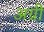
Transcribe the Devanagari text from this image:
अग्री